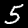
Digit: 5